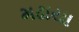
મઢાયા